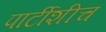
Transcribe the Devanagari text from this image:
पार्टीशीच